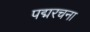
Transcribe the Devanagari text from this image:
पद्मरचना